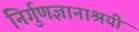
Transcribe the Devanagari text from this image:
निर्गुणज्ञानाश्रयी